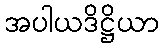
အပါယဒိဋ္ဌိယာ